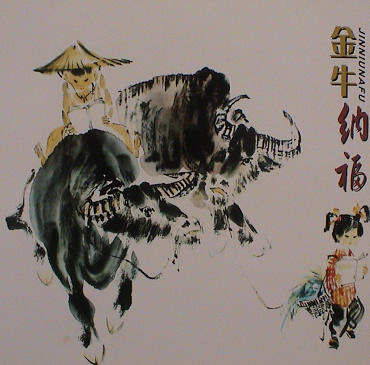
昨夜斗回北，今朝岁起东。